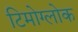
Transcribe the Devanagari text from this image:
टिमोग्लोक